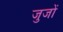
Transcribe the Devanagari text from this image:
जुजों